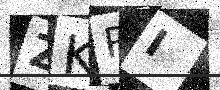
Text: ZKRI